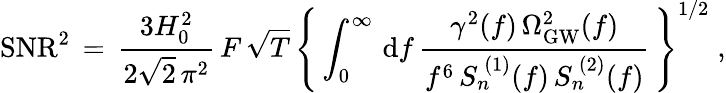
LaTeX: \mathrm{SNR}^{2}\, =\, \frac{3H_{0}^{2}}{2\sqrt{2}\, \pi^{2}}\, F\, \sqrt{T}\, \left\{ \, \int_{0}^{\infty}\, \mathrm{d}f\, \frac{\gamma^{2}(f)\, \Omega_{\mathrm{GW}}^{2}(f)}{f^{6}\, S_{n}^{\, (1)}(f)\, S_{n}^{\, (2)}(f)}\, \right\} ^{1/2}\; ,